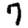
Digit: 7